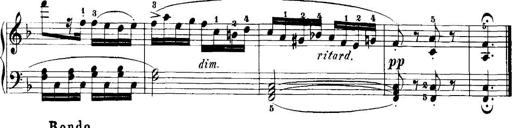
Title: 7 Sonatinas
Composer: Anton Diabelli